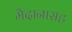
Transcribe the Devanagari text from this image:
मैदानासह